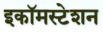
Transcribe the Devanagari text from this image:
इकॉमस्टेशन